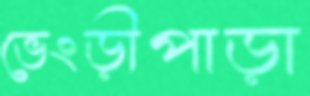
ভেংড়ীপাড়া